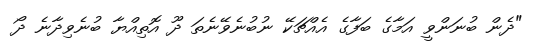
"ދެން ބުނަންވީ އަމާގެ ބަފާގެ އެއްޗަކޭ ނުބުނެވޭނެތަ ދޫ އޮތިއްޔާ ބުނެވިދާނެ ދޯ